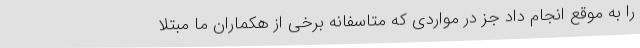
را به موقع انجام داد جز در مواردی که متاسفانه برخی از هکماران ما مبتلا